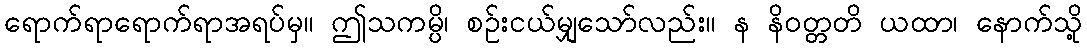
ရောက်ရာရောက်ရာအရပ်မှ။ ဤသကမ္ပိ၊ စဉ်းငယ်မျှသော်လည်း။ န နိဝတ္တတိ ယထာ၊ နောက်သို့